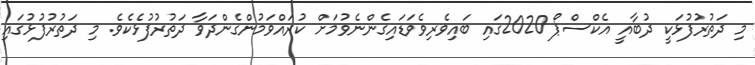
މި ދަތުރުފުޅަކީ ދުބާއީ އެކްސްޕޯ 2020ގައި ބައިވެރިވެވަޑައިގެންނެވުމަށް ކުރައްވަމުންގެންދަވާ ދަތުރުފުޅެކެވެ. މި ދަތުރުފުޅުގައި